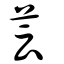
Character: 芸